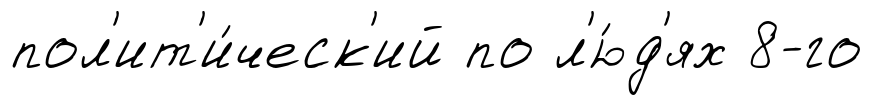
пол'ит'и́ческ'ий по л'ю́д'ях 8-го